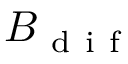
B _ { \mathrm { ~ d ~ i ~ f ~ } }